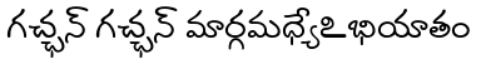
గచ్ఛన్ గచ్ఛన్ మార్గమధ్యేఽభియాతం